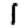
Digit: 1